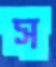
স